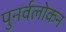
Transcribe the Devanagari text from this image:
पुनर्वलोकन